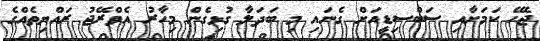
ޖެހޭ ކަމަށާއި ސަބްސިޑީއަށް ގެނައި މި ބަދަލާ ގުޅިގެން މިހާރު އެވްރޭޖު ރައްޔިތެއްގެ